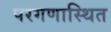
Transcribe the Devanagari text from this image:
परगणास्थित